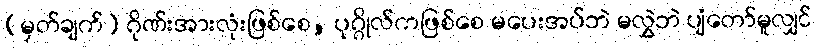
(မှတ်ချက်) ဂိုဏ်းအားလုံးဖြစ်စေ, ပုဂ္ဂိုလ်ကဖြစ်စေ မပေးအပ်ဘဲ မလွှဲဘဲ ပျံတော်မူလျှင်